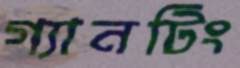
গ্যানটিং